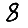
Digit: 8